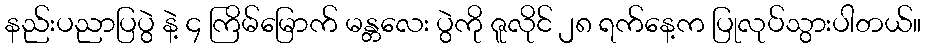
နည်းပညာပြပွဲ နဲ့ ၄ ကြိမ်မြောက် မန္တလေး ပွဲကို ဇူလိုင် ၂၈ ရက်နေ့က ပြုလုပ်သွားပါတယ်။